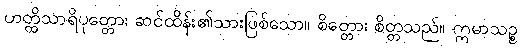
ဟတ္ထိသာရိပုတ္တော၊ ဆင်ထိန်း၏သားဖြစ်သော။ စိတ္တော၊ စိတ္တသည်။ ဣမာသဉ္စ